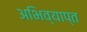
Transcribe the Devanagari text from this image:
अभिव्याप्त